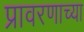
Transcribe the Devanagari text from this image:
प्रावरणाच्या